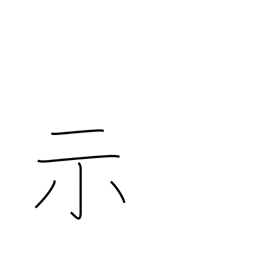
Meaning: express